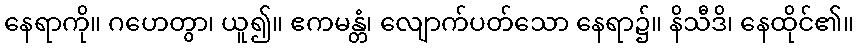
နေရာကို။ ဂဟေတွာ၊ ယူ၍။ ဧကမန္တံ၊ လျောက်ပတ်သော နေရာ၌။ နိသီဒိ၊ နေထိုင်၏။